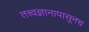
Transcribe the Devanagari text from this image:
तत्त्वज्ञानापासूनच